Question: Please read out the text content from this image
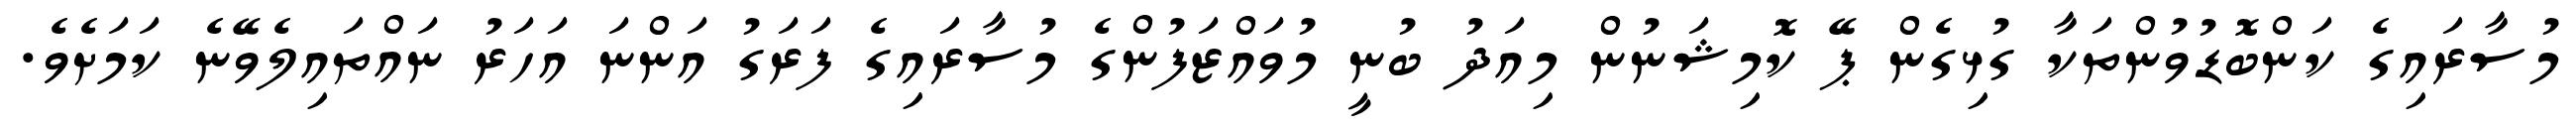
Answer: މުސާރައިގެ ކަންބޮޑުވުންތަކާ ގުޅިގެން ޕޭ ކޮމިޝަނުން މިއަދު ބުނީ މުވައްޒަފުންގެ މުސާރައިގެ ފަރަގު އަންނަ އަހަރު ނައްތައިލެވޭނެ ކަމަށެވެ.